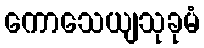
ကောသေယျသုခုမံ